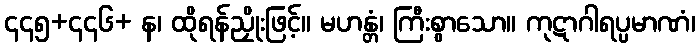
၄၄၅+၄၄၆+ န၊ ထိုရန်ညှိုးဖြင့်။ မဟန္တံ၊ ကြီးစွာသော။ ကုဋာဂါရပ္ပမာဏံ၊